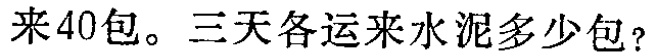
来40包。三天各运来水泥多少包？